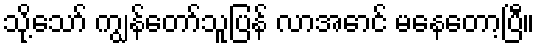
သို့သော် ကျွန်တော်သူပြန် လာအောင် မနေတော့ပြီ။